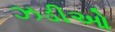
ઝડીઓ